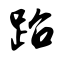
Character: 跆